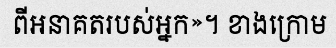
ពីអនាគតរបស់អ្នក»។ ខាងក្រោម